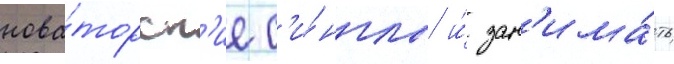
нова́торск'ие с'и́нглы и́ зан'има́ть